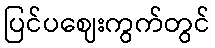
ပြင်ပဈေးကွက်တွင်